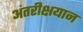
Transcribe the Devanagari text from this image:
अंतरीक्षयान